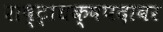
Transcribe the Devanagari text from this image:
राष्ट्राधक्षपदावर